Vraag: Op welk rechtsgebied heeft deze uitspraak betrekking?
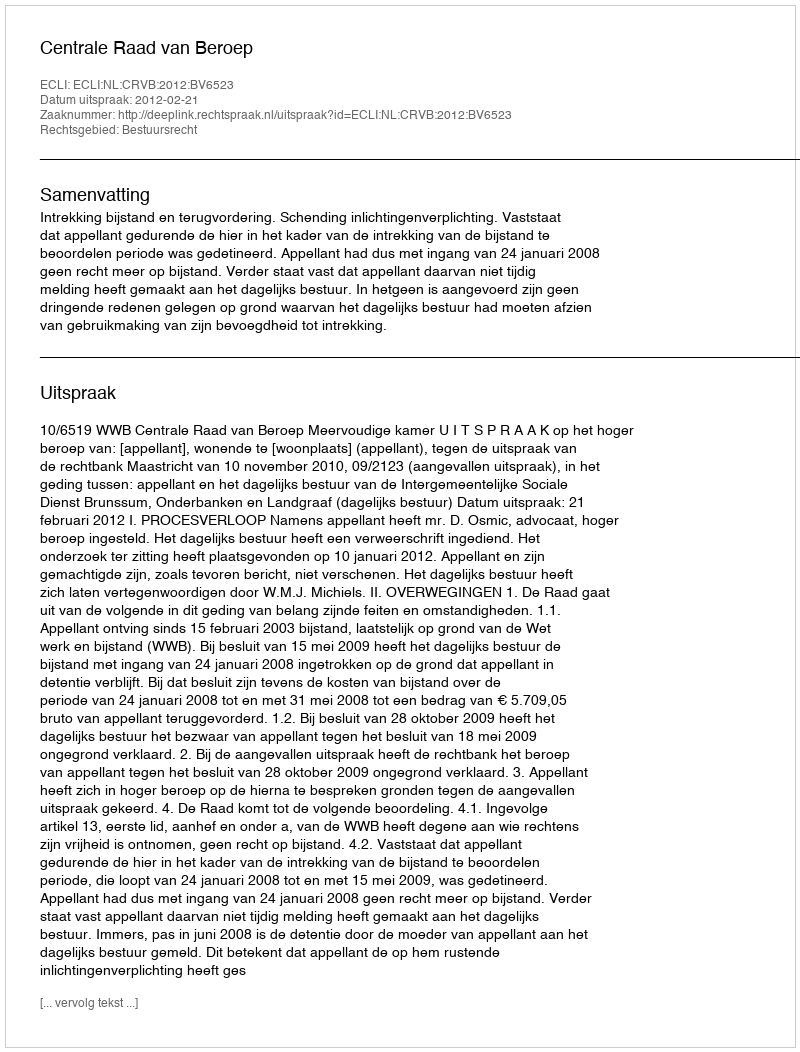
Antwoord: Bestuursrecht